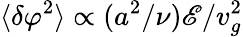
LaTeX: \langle\delta\varphi^{2}\rangle\propto(a^{2}/\nu)\mathscr{E}/v_{g}^{2}